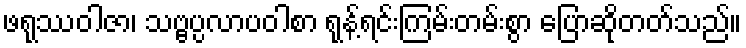
ဖရုဿဝါဇာ၊ သဗ္ဗပ္ပလာပဝါစာ ရုန့်ရင်းကြမ်းတမ်းစွာ ပြောဆိုတတ်သည်။